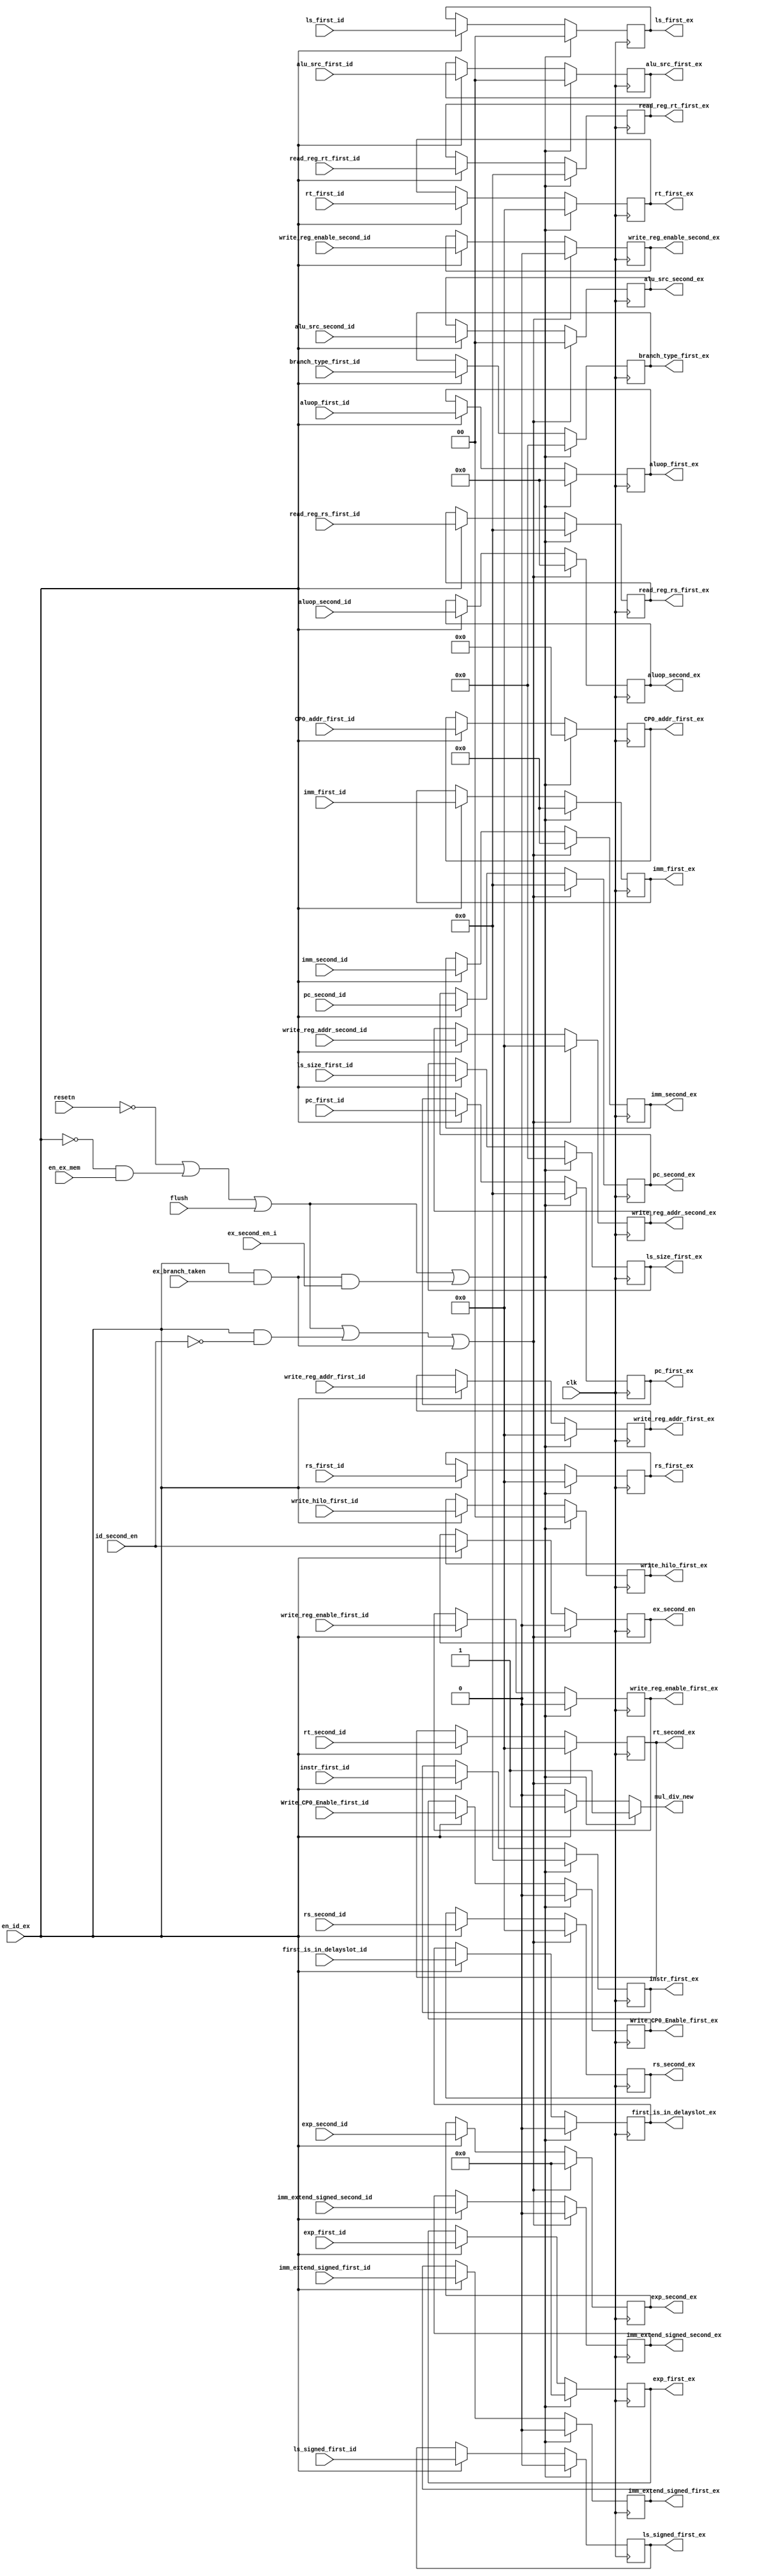
module id_ex(
    input wire clk,
    input wire resetn,
    input wire flush,
    input wire en_id_ex,
    input wire en_ex_mem,
    input wire ex_branch_taken,
    input wire id_second_en,
    input wire ex_second_en_i,
    input wire [4:0] rs_first_id,
    input wire [4:0] rt_first_id,
    input wire [4:0] rs_second_id,
    input wire [4:0] rt_second_id,
    input wire [15:0] imm_first_id,
    input wire [15:0] imm_second_id,
    input wire imm_extend_signed_first_id,
    input wire imm_extend_signed_second_id,
    input wire [6:0] aluop_first_id,
    input wire [6:0] aluop_second_id,
    input wire [1:0] alu_src_first_id,
    input wire [1:0] alu_src_second_id,
    input wire [13:0] exp_first_id,
    input wire [13:0] exp_second_id,
    input wire [31:0] pc_first_id,
    input wire [31:0] instr_first_id,
    input wire [3:0] branch_type_first_id,
    input wire [1:0] ls_first_id,
    input wire [3:0] ls_size_first_id,
    input wire ls_signed_first_id,
    input wire [1:0] write_hilo_first_id,
    input wire [4:0] write_reg_addr_first_id,
    input wire write_reg_enable_first_id,
    input wire [4:0] write_reg_addr_second_id,
    input wire write_reg_enable_second_id,
    input wire [7:0] CP0_addr_first_id,
    input wire Write_CP0_Enable_first_id,
    input wire first_is_in_delayslot_id,
    input wire [31:0] pc_second_id,
    input wire [31:0] read_reg_rs_first_id,
    input wire [31:0] read_reg_rt_first_id,
    output reg [31:0] read_reg_rs_first_ex,
    output reg [31:0] read_reg_rt_first_ex,
    output reg [31:0] pc_second_ex,
    output reg first_is_in_delayslot_ex,
    output reg Write_CP0_Enable_first_ex,
    output reg [7:0] CP0_addr_first_ex,
    output reg ex_second_en,
    output reg [6:0] aluop_first_ex,
    output reg [6:0] aluop_second_ex,
    output reg [4:0]              rs_first_ex,
    output reg [4:0]              rt_first_ex,
    output reg [4:0]             rs_second_ex,
    output reg [4:0]             rt_second_ex,
    output reg [15:0]            imm_first_ex,
    output reg [15:0]           imm_second_ex,
    output reg     imm_extend_signed_first_ex,
    output reg    imm_extend_signed_second_ex,
    output reg [1:0]         alu_src_first_ex,
    output reg [1:0]        alu_src_second_ex,
    output reg [13:0]            exp_first_ex,
    output reg [13:0]           exp_second_ex,
    output reg [31:0]             pc_first_ex,
    output reg [31:0]          instr_first_ex,
    output reg [3:0]     branch_type_first_ex,
    output reg [1:0]              ls_first_ex,
    output reg [3:0]         ls_size_first_ex,
    output reg             ls_signed_first_ex,
    output reg [1:0]      write_hilo_first_ex,
    output reg [4:0]  write_reg_addr_first_ex,
    output reg      write_reg_enable_first_ex,
    output reg [4:0] write_reg_addr_second_ex,
    output reg     write_reg_enable_second_ex,
    output reg mul_div_new
); 
//first
    always@(*) begin
        if(!resetn || (!en_id_ex && en_ex_mem) || flush || (en_id_ex && ex_branch_taken && ex_second_en_i)) begin
            mul_div_new = 1;
        end
        else if(en_id_ex)begin
            mul_div_new = 1;
        end
        else begin
            mul_div_new = 0;
        end
    end
    always@(posedge clk) begin
        if(!resetn || (!en_id_ex && en_ex_mem) || flush || (en_id_ex && ex_branch_taken && ex_second_en_i)) begin
            rs_first_ex                 <=             0;        
            rt_first_ex                 <=             0;        
            imm_first_ex                <=             0;    
            imm_extend_signed_first_ex  <=             0;
            alu_src_first_ex            <=             0;  
            exp_first_ex                <=             0;  
            pc_first_ex                 <=             0;      
            instr_first_ex              <=             0;          
            branch_type_first_ex        <=             0;          
            ls_first_ex                 <=             0;                    
            ls_size_first_ex            <=             0;   
            CP0_addr_first_ex           <=             0;                 
            ls_signed_first_ex          <=             0;                  
            write_hilo_first_ex         <=             0;          
            aluop_first_ex              <=             0;
            write_reg_addr_first_ex     <=             0;
            write_reg_enable_first_ex   <=             0;
            Write_CP0_Enable_first_ex  <=              0;
            first_is_in_delayslot_ex    <=             0;
            read_reg_rs_first_ex        <=             0;
            read_reg_rt_first_ex        <=             0;
        end
        else if (en_id_ex)begin
            rs_first_ex                 <=             rs_first_id                 ;        
            rt_first_ex                 <=             rt_first_id                 ;        
            imm_first_ex                <=             imm_first_id                ;    
            imm_extend_signed_first_ex  <=             imm_extend_signed_first_id  ;
            alu_src_first_ex            <=             alu_src_first_id            ;  
            exp_first_ex                <=             exp_first_id                ;  
            pc_first_ex                 <=             pc_first_id                 ;      
            instr_first_ex              <=             instr_first_id              ;    
            CP0_addr_first_ex           <=              CP0_addr_first_id           ;      
            branch_type_first_ex        <=             branch_type_first_id        ;         
            aluop_first_ex              <=              aluop_first_id; 
            ls_first_ex                 <=             ls_first_id                 ;                    
            ls_size_first_ex            <=             ls_size_first_id            ;                    
            ls_signed_first_ex          <=             ls_signed_first_id          ;                  
            write_hilo_first_ex         <=             write_hilo_first_id         ;          
            write_reg_addr_first_ex     <=             write_reg_addr_first_id     ;        
            write_reg_enable_first_ex   <=             write_reg_enable_first_id   ; 
            Write_CP0_Enable_first_ex   <=             Write_CP0_Enable_first_id   ;
            first_is_in_delayslot_ex    <=             first_is_in_delayslot_id    ;
            read_reg_rt_first_ex        <=              read_reg_rt_first_id        ;
            read_reg_rs_first_ex        <=              read_reg_rs_first_id        ;
           // $display("id_ex first pipeline is working!");
        end
    end
//second
    always@(posedge clk)begin
        if(!resetn|| (!en_id_ex && en_ex_mem) || flush || (en_id_ex && !id_second_en) || (en_id_ex && ex_branch_taken))begin
                ex_second_en                <=             1'b0;
                rs_second_ex                <=             0;
                rt_second_ex                <=             0;
                imm_second_ex               <=             0;
                imm_extend_signed_second_ex <=             0;
                alu_src_second_ex           <=             0;
                aluop_second_ex             <=             0;
                exp_second_ex               <=             0;
                write_reg_addr_second_ex    <=             0;   
                write_reg_enable_second_ex  <=             0;
                pc_second_ex                <=              0;
        end
        else if (en_id_ex)begin
                ex_second_en                <=             id_second_en                ;
                rs_second_ex                <=             rs_second_id                ;
                rt_second_ex                <=             rt_second_id                ;
                imm_second_ex               <=             imm_second_id               ;
                imm_extend_signed_second_ex <=             imm_extend_signed_second_id ;
                alu_src_second_ex           <=             alu_src_second_id           ;
                aluop_second_ex             <=              aluop_second_id             ;
                exp_second_ex               <=             exp_second_id               ;
                write_reg_addr_second_ex    <=             write_reg_addr_second_id    ;      
                write_reg_enable_second_ex  <=             write_reg_enable_second_id  ;
                pc_second_ex                <=              pc_second_id                ;
        end
    end
endmodule